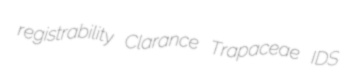
registrability Clarance Trapaceae IDS